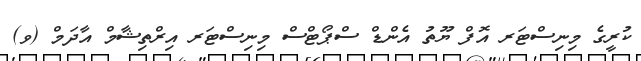
ކުރީގެ މިނިސްޓަރ އޮފް ޔޫތު އެންޑް ސްޕޯޓްސް މިނިސްޓަރ އިރްތިޝާމް އާދަމް (ވ)